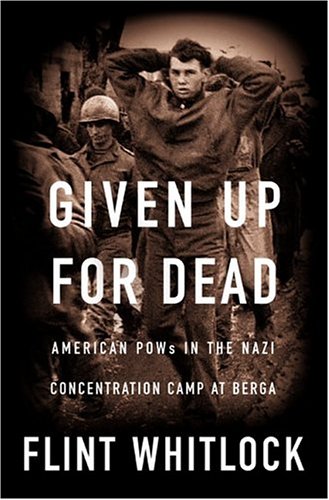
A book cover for Given Up for Dead: American POWs in the Nazi Concentration Camp at Berga; Flint Whitlock; History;